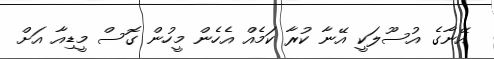
އޭނާގެ އުސޫލަކީ އޭނާ ކުރާ ކަމެއް އެހެން މީހުން ގޮސް މީޑިއާ އަށް